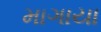
માગાયા